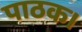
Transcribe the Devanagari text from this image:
पाठक।